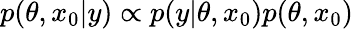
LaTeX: p(\theta,x_{0}|y)\propto p(y|\theta,x_{0})p(\theta,x_{0})